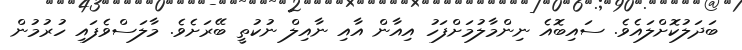
ބަދަލުކޮށްލައެވެ. ސައިބޮއެ ނިންމާލުމަށްފަހު އިއާން އާއި ނާއިލް ނުކުތީ ބޭރަށެވެ. މާލަސްވެފައި ހުރުމުން